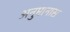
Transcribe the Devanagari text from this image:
अनुमानास